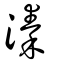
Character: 溱